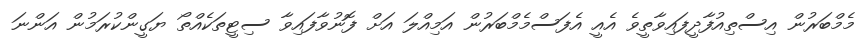
މެމްބަރުން އިސްތިއުފާދީފައިވާތީވެ އެއީ އެފަސްމެމްބަރުން އަމިއްލަ އަށް ފޮނުވާފައިވާ ސިޓީތަކެއްތޯ ޔަގީންކުރަމުން އަންނަ